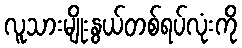
လူသားမျိုးနွယ်တစ်ရပ်လုံးကို